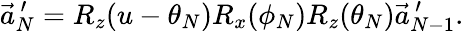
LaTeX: \vec{a}_{N}^{\, \prime}=R_{z}(u-\theta_{N})R_{x}(\phi_{N})R_{z}(\theta_{N})\vec{a}_{N-1}^{\, \prime}.